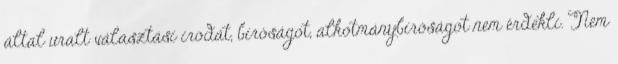
által uralt választási irodát, bíróságot, alkotmánybíróságot nem érdekli. Nem